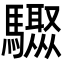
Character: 𩧁